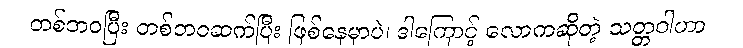
တစ်ဘဝပြီး တစ်ဘဝဆက်ပြီး ဖြစ်နေမှာပဲ၊ ဒါကြောင့် လောကဆိုတဲ့ သတ္တဝါဟာ